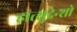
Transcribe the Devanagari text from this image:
हात्सुदेन्शो